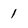
Character: 1